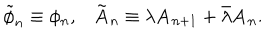
LaTeX: \tilde { \phi } _ { n } \equiv \phi _ { n } , \mathbf { \tilde { A } } _ { n } \equiv \lambda \mathbf { A } _ { n + 1 } + \bar { \lambda } \mathbf { A } _ { n } .